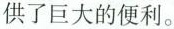
供了巨大的便利。